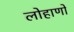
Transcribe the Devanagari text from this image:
लोहाणों